Annual vaccination report of Bihar and Orissa - 1911-1928
Year: 1911
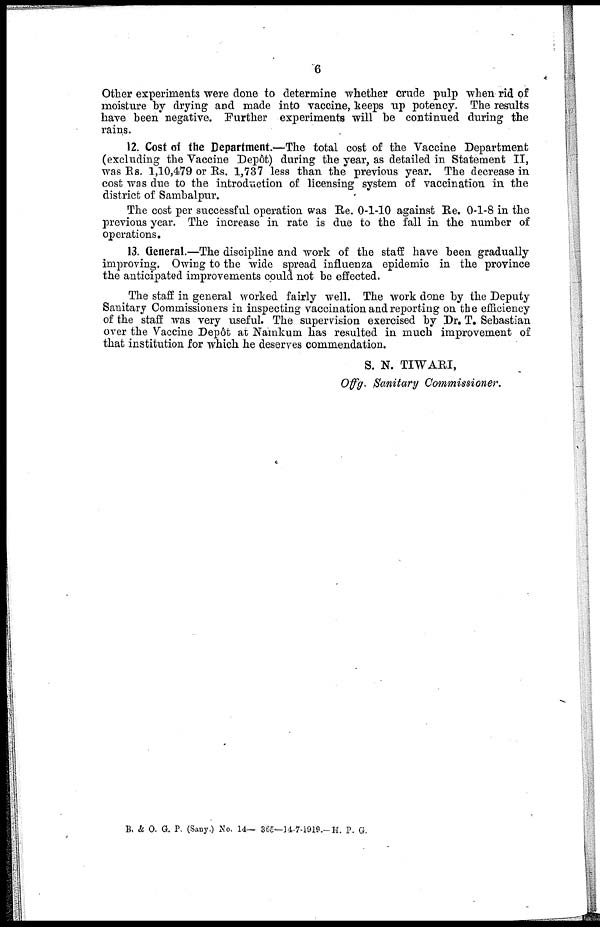
6
Other experiments were done to determine whether crude pulp when rid of
moisture by drying and made into vaccine, keeps up potency. The results
have been negative. Further experiments will be continued during the
rains.
12. Cost of the Department.—The total cost of the Vaccine Department
(excluding the Vaccine Depôt) during the year, as detailed in Statement II,
was Rs. 1,10,479 or Rs. 1,737 less than the previous year. The decrease in
cost was due to the introduction of licensing system of vaccination in the
district of Sambalpur.
The cost per successful operation was Re. 0-1-10 against Re. 0-1-8 in the
previous year. The increase in rate is due to the fall in the number of
operations.
13. General.—The discipline and work of the staff have been gradually
improving. Owing to the wide spread influenza epidemic in the province
the anticipated improvements could not be effected.
The staff in general worked fairly well. The work done by the Deputy
Sanitary Commissioners in inspecting vaccination and reporting on the efficiency
of the staff was very useful. The supervision exercised by Dr. T. Sebastian
over the Vaccine Depôt at Namkum has resulted in much improvement of
that institution for which he deserves commendation.
S. N. TIWARI,
Offg. Sanitary Commissioner.
B. & O. G. P. (Sany.) No. 14— 365—14-7-1919.— H. P. G.